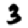
Digit: 3